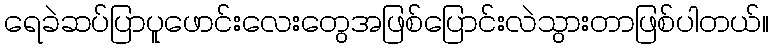
ရေခဲဆပ်ပြာပူဖောင်းလေးတွေအဖြစ်ပြောင်းလဲသွားတာဖြစ်ပါတယ်။